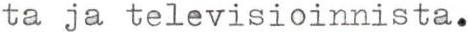
ta ja televisioinnista.